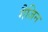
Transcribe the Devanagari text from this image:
गैजिन